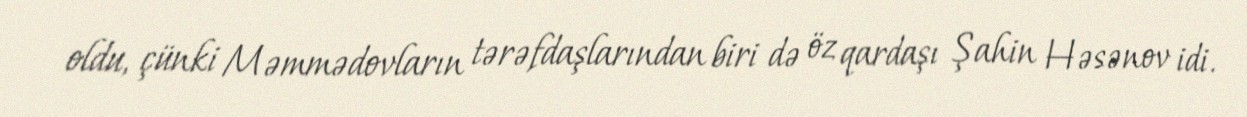
oldu, çünki Məmmədovların tərəfdaşlarından biri də öz qardaşı Şahin Həsənov idi.